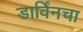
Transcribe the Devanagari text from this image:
डार्विंनचा